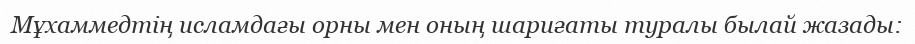
Мұхаммедтің исламдағы орны мен оның шариғаты туралы былай жазады: